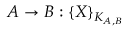
A \rightarrow B : \{ X \} _ { K _ { A , B } }